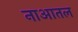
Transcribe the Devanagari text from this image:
नाआतल